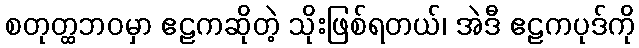
စတုတ္ထဘဝမှာ ဧဠကဆိုတဲ့ သိုးဖြစ်ရတယ်၊ အဲဒီ ဧဠကပုဒ်ကို